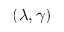
( \lambda , \gamma )